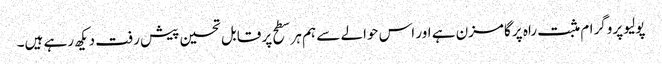
پولیو پروگرام مثبت راہ پر گامزن ہے اور اس حوالے سے ہم ہر سطح پر قابل تحسین پیش رفت دیکھ رہے ہیں۔